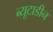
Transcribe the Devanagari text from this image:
ब्यूटाडीन